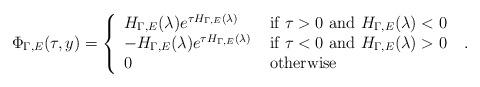
LaTeX: \begin{align*}\Phi_{\Gamma,E}(\tau,y)=\left\{\begin{array}{l l}H_{\Gamma,E}(\lambda)e^{\tau H_{\Gamma,E}(\lambda)} & \; \mbox{if $\tau>0$ and $H_{\Gamma,E}(\lambda)<0$ }\\-H_{\Gamma,E}(\lambda)e^{\tau H_{\Gamma,E}(\lambda)} & \; \mbox{if $\tau<0$ and $H_{\Gamma,E}(\lambda)>0$ }\\0& \; \mbox{otherwise}\end{array} \right..\end{align*}